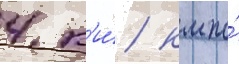
4 к'и́/ км по́